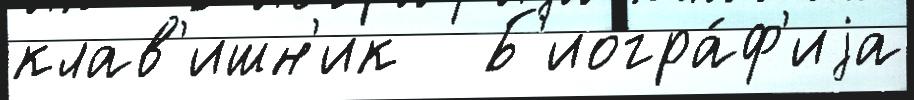
клав'ишн'ик   Б'иогра́ф'иjа